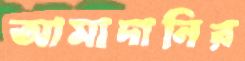
আমাদানির